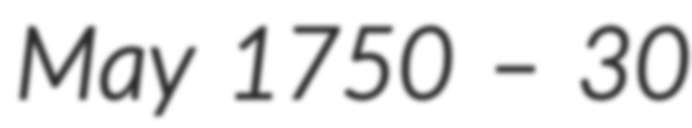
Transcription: May 1750 – 30